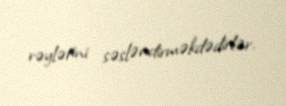
rəylərini səsləndirməkdədirlər.